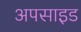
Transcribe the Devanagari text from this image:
अपसाइड